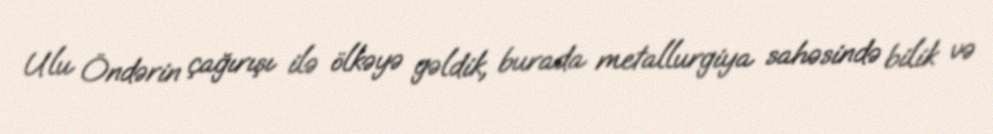
Ulu Öndərin çağırışı ilə ölkəyə gəldik, burada metallurgiya sahəsində bilik və